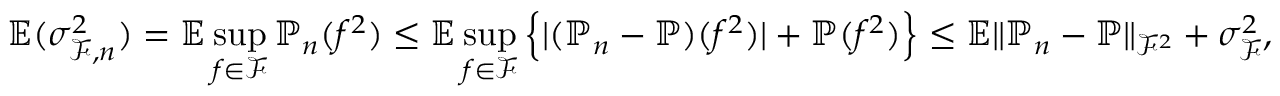
\mathbb { E } ( \sigma _ { \mathcal { F } , n } ^ { 2 } ) = \mathbb { E } \operatorname* { s u p } _ { f \in \mathcal { F } } \mathbb { P } _ { n } ( f ^ { 2 } ) \le \mathbb { E } \operatorname* { s u p } _ { f \in \mathcal { F } } \Big \{ | ( \mathbb { P } _ { n } - \mathbb { P } ) ( f ^ { 2 } ) | + \mathbb { P } ( f ^ { 2 } ) \Big \} \le \mathbb { E } \| \mathbb { P } _ { n } - \mathbb { P } \| _ { \mathcal { F } ^ { 2 } } + \sigma _ { \mathcal { F } } ^ { 2 } ,